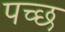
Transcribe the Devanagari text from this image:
पच्छ